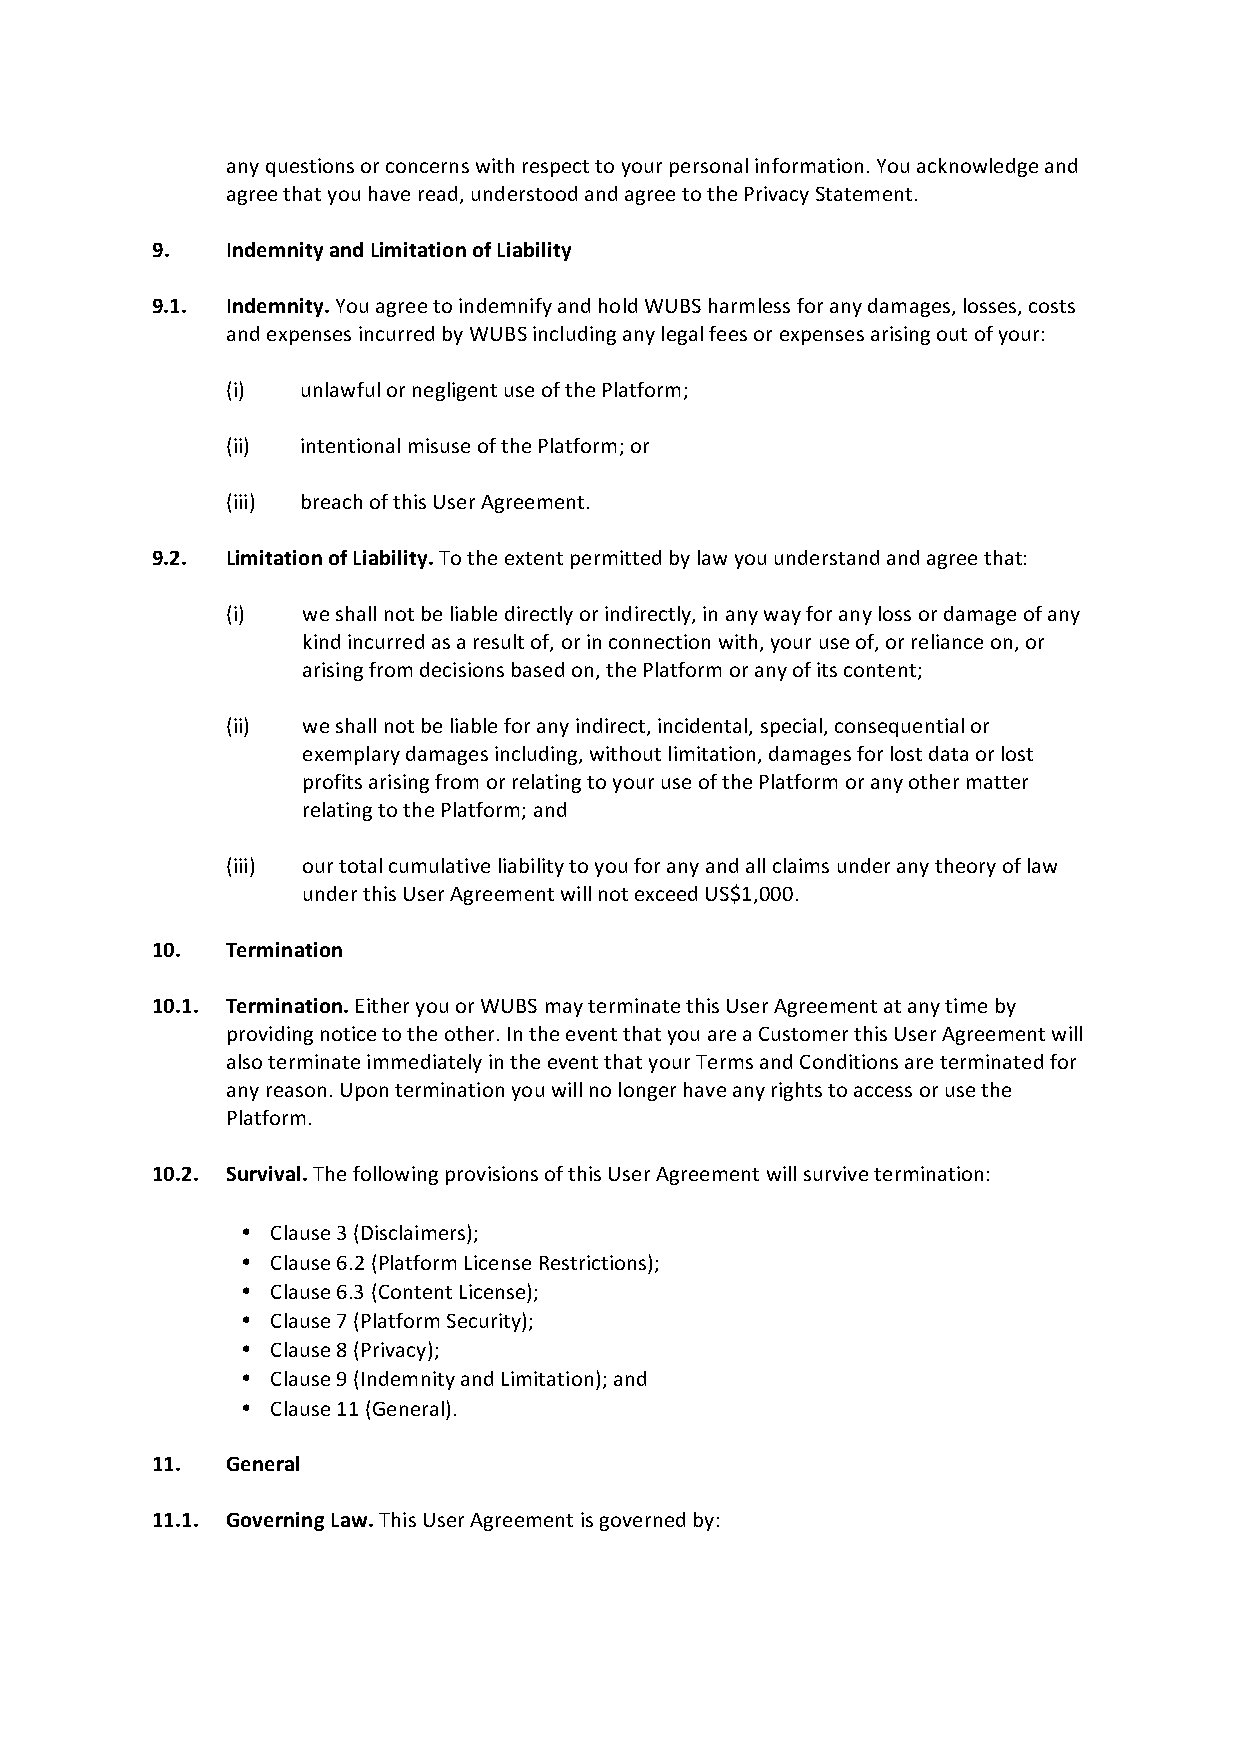
any questions or concerns with respect to your personal information. You acknowledge and
 agree that you have read, understood and agree to the Privacy Statement.
 9.   Indemnity and Limitation of Liability
 9.1. Indemnity. You agree to indemnify and hold WUBS harmless for any damages, losses, costs
 and expenses incurred by WUBS including any legal fees or expenses arising out of your:
 (i)  unlawful or negligent use of the Platform;
 (ii) intentional misuse of the Platform; or
 (iii) breach of this User Agreement.
 9.2. Limitation of Liability. To the extent permitted by law you understand and agree that:
 (i)  we shall not be liable directly or indirectly, in any way for any loss or damage of any
 kind incurred as a result of, or in connection with, your use of, or reliance on, or
 arising from decisions based on, the Platform or any of its content;
 (ii) we shall not be liable for any indirect, incidental, special, consequential or
 exemplary damages including, without limitation, damages for lost data or lost
 profits arising from or relating to your use of the Platform or any other matter
 relating to the Platform; and
 (iii) our total cumulative liability to you for any and all claims under any theory of law
 under this User Agreement will not exceed US$1,000.
 10.  Termination
 10.1. Termination. Either you or WUBS may terminate this User Agreement at any time by
 providing notice to the other. In the event that you are a Customer this User Agreement will
 also terminate immediately in the event that your Terms and Conditions are terminated for
 any reason. Upon termination you will no longer have any rights to access or use the
 Platform.
 10.2. Survival. The following provisions of this User Agreement will survive termination:
 • Clause 3 (Disclaimers);
 • Clause 6.2 (Platform License Restrictions);
 • Clause 6.3 (Content License);
 • Clause 7 (Platform Security);
 • Clause 8 (Privacy);
 • Clause 9 (Indemnity and Limitation); and
 • Clause 11 (General).
 11.  General
 11.1. Governing Law. This User Agreement is governed by: